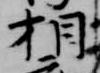
相